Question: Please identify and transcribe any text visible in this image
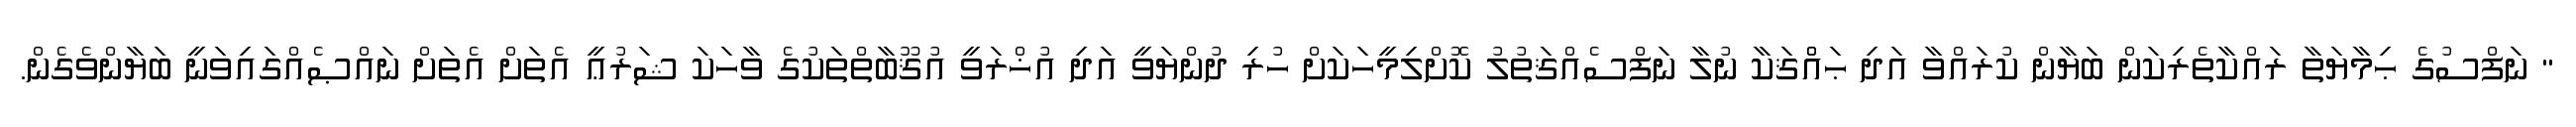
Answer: " ނަފްސުގެ ޙިމާޔަތާ ރައްކާތެރިކަން ބަޔާން ކުރައްވާ އަދި ޙައްްޤަކާ ނުލާ ނަފްސެއްޤަތުލު ކޮށްލިމީހަކަށް ހުރި ދުންޔަވީ އަދި އުޚްރަވީ އުޤޫބާތްތަކުގެ ވާހަކަ ޝަރުޢީ އެތަށް އެތަށް ނައްޞެއްގައިވަނީ ބަޔާންވެގެން.